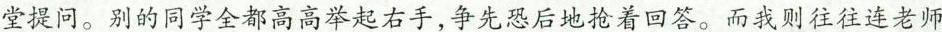
堂提问。别的同学全都高高举起右手，争先恐后地抢着回答。而我则往往连老师